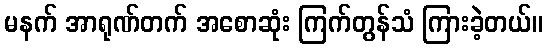
မနက် အာရုဏ်တက် အစောဆုံး ကြက်တွန်သံ ကြားခဲ့တယ်။